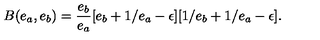
B ( e _ { a } , e _ { b } ) = \frac { e _ { b } } { e _ { a } } [ e _ { b } + 1 / e _ { a } - \epsilon ] [ 1 / e _ { b } + 1 / e _ { a } - \epsilon ] .